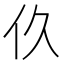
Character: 𬽧